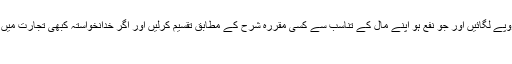
بینک کسی کے ساتھ یون کاروبار کرے کہ دونوں تضارت میں برابر یا کم وبیش روپے لگائیں اور جو نفع ہو اپنے مال کے تناسب سے کسی مقررہ شرح کے مطابق تقسیم کرلیں اور اگر خدانخواستہ کبھی تجارت میں نقصان ہوا تو دونوں فریق میں بھیا سی مقررہ شرح کے حساب سے شریک ہونگے
۲۔